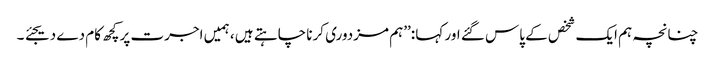
چنانچہ ہم ایک شخص کے پاس گئے اور کہا :’’ہم مزدوری کرنا چاہتے ہیں ، ہمیں اجرت پرکچھ کام دے دیجئے ۔